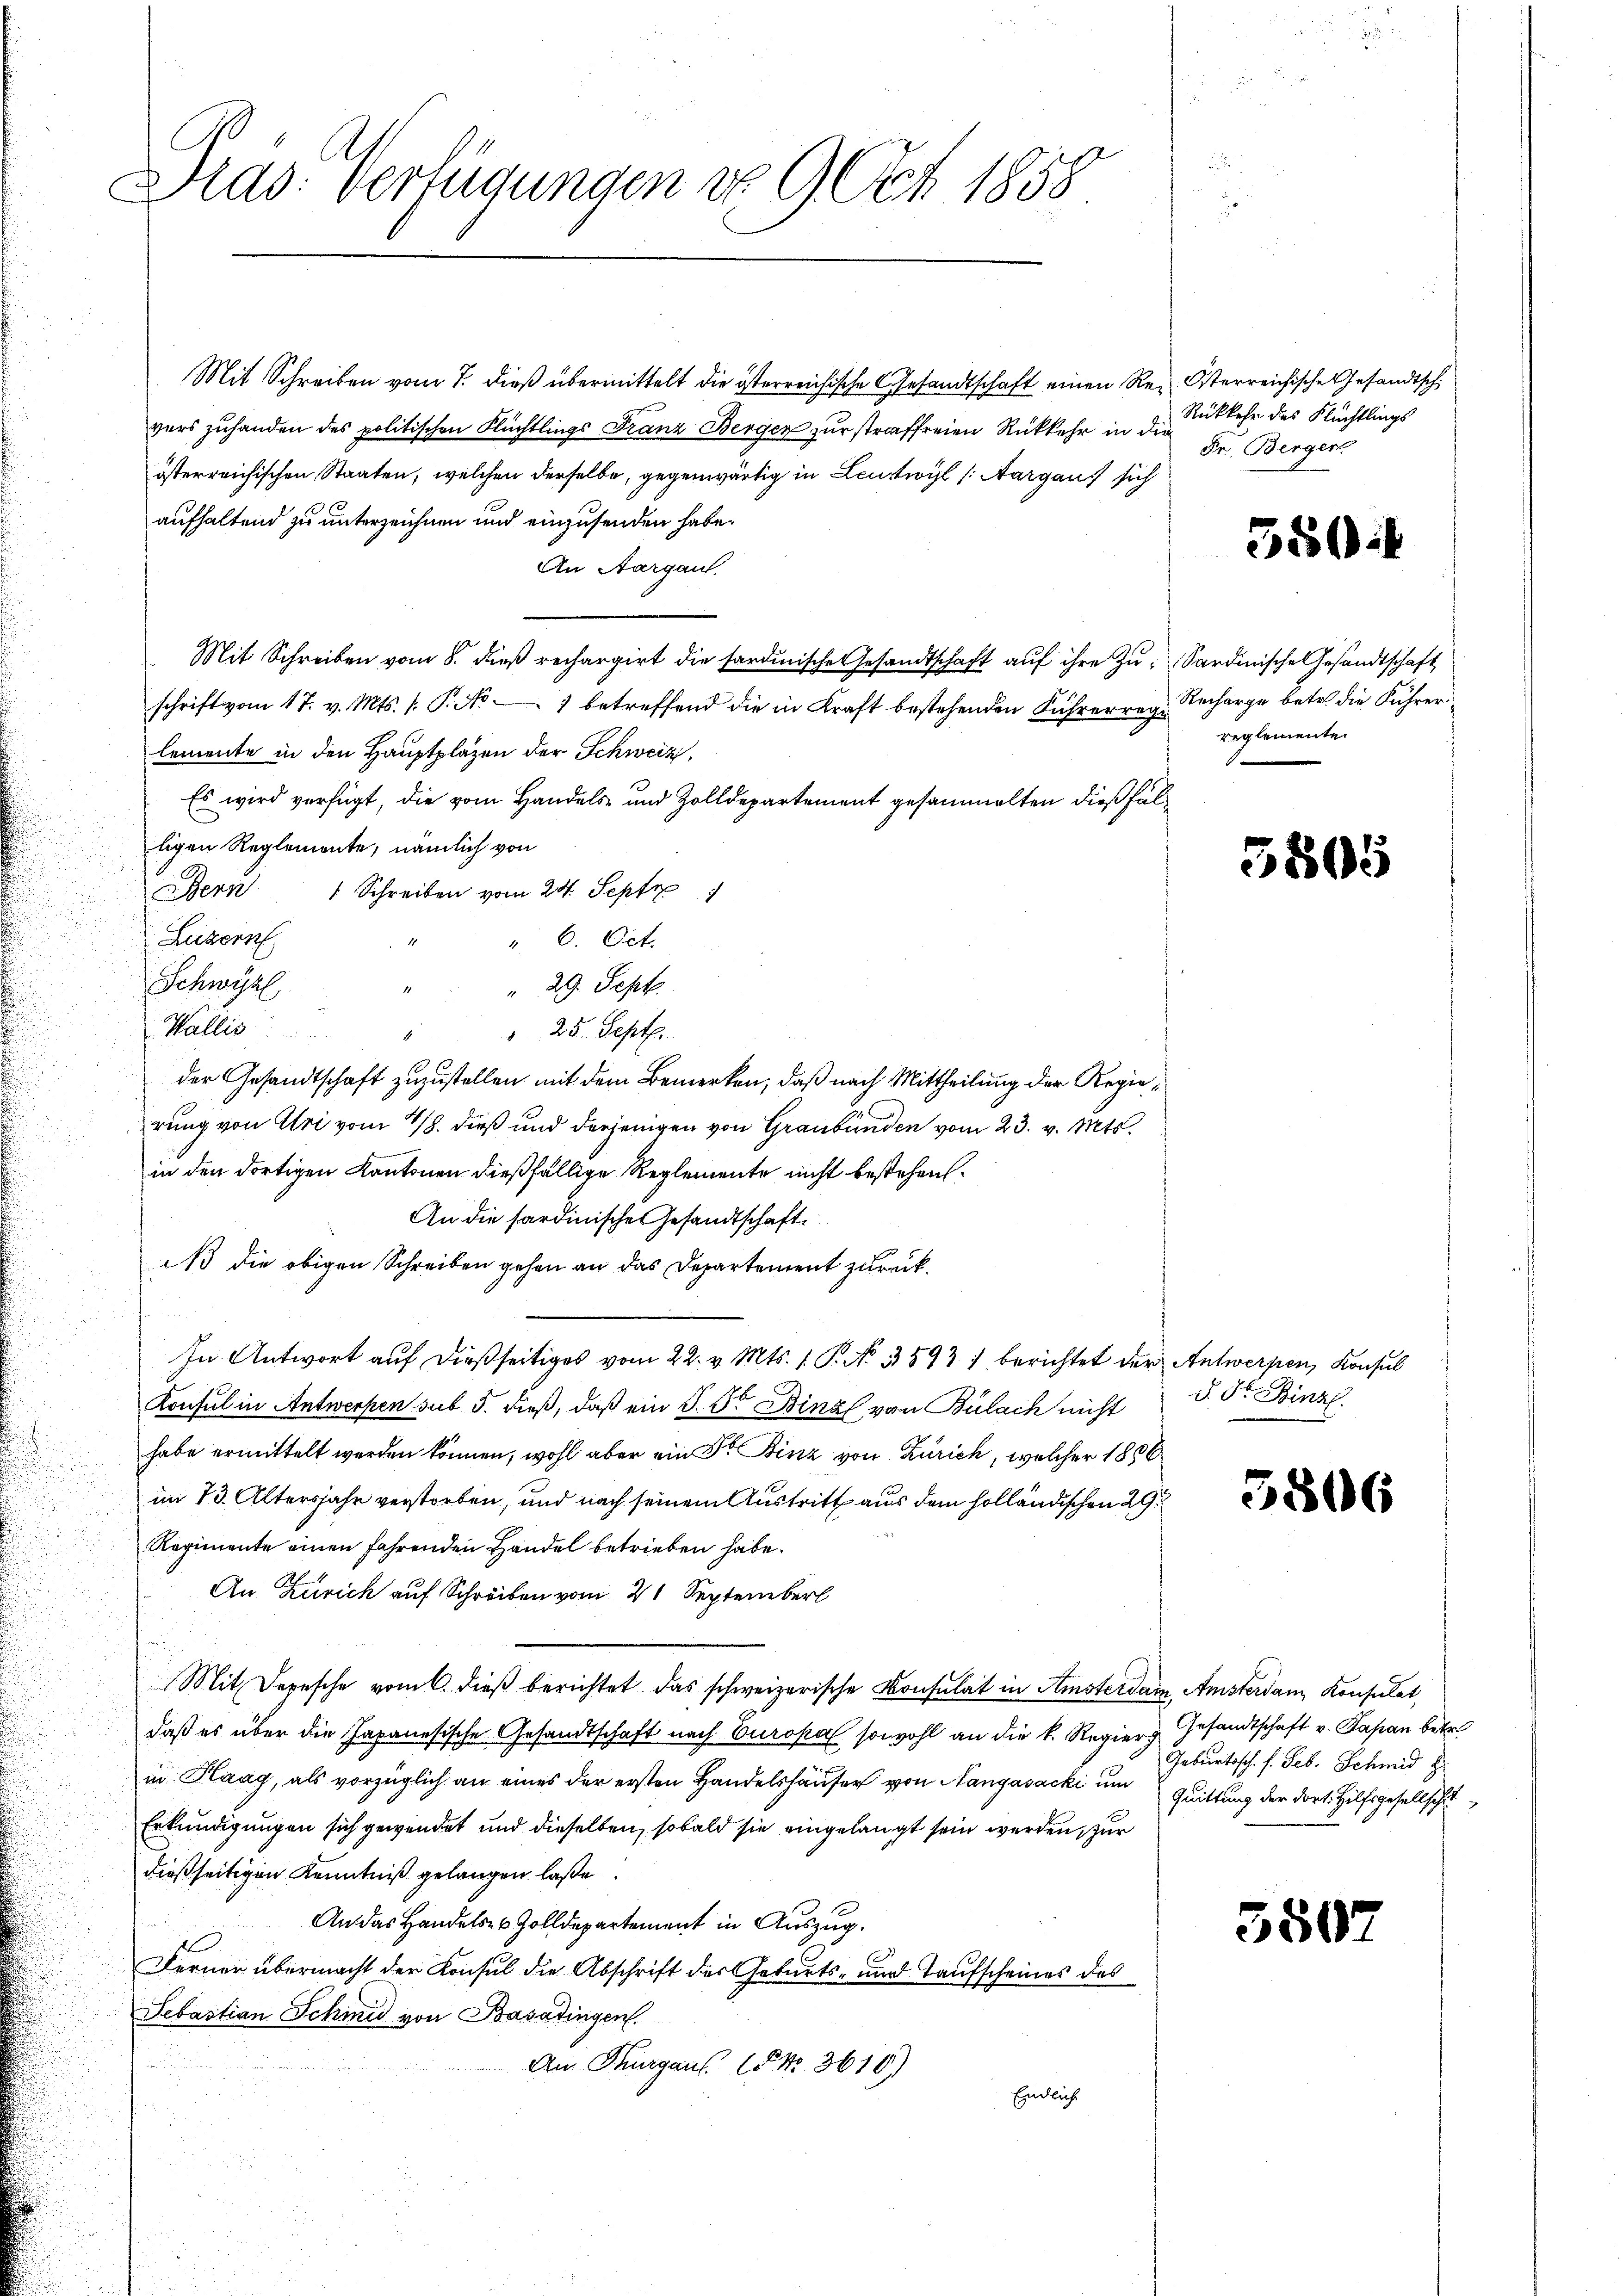
Alas: Verfügungen vo 9 Oct. 1858

Mit Schreiben vom 7. dieß übermittelt die österreichische Gesandtschaft einen Rez. Osterreichische Gesandtsch
vers zuhanden des politischen Flüchtlings Franz Berger zur straffreien Rückkehr in die
österreichischen Staaten, welchen derselbe, gegenwärtig in Leutwyl (Aargaus sich
aufhaltend zu unterzeichnen und einzusenden habe.
An Aargau.
Mit Schreiben vom 8. dieß rechargirt die sardinische Gesandtschaft aŭf ihre Zu-Sardinische Gesandtschaft
schrift vom 17. v. Mts. s. P. Nr. 1 betreffend die in Kraft bestehenden Führerreg. Recharge betr. die Führer
lemente in den Hauptplazen der Schweiz,
Es wird verfügt, die vom Handels- und Zolldepartement gesammelten dießfälligen Reglemente, nämlich von
Bern 1 Schreiben vom 24. Sept 1
Luzern
" 6. Oct.
Schwyz
 29. Sept.
Wallis
" 25. Sept.
E
der Gesandtschaft zuzustellen mit dem Bemerken, daß nach Mittheilung der Regierung von Uri vom 18. dieß und derjenigen von Graubünden vom 23. v. Mts.
in den dortigen Kantonen dießfällige Reglemente nicht bestehen.
An die sardinische Gesandtschaft.
 die obigen Schreiben gehen an das Departement zurück¬
An. Antwort auf dießseitiges vom 22. v. Mts. 1. P. No. 3593, berichtet der Antwerpen, Konsul
Konsul in Antwerken sub 5. dieß, daß ein P. F. Binzl von Bülach nicht
habe ermittelt worden können, wohl aber ein Dr. Binz von Zürich, welcher 1886
im 13. Altersjahr verstorben, und nach seinem Austritt aus dem holländischen 29.
Regimente einen fahrenden Handel betrieben habe.
An Zürich auf Schreiben vom 21 September
Mit Depesche vom 6. dieß berichtet das schweizerische Konsulat in Amsterdam, Amsterdam Konsulat,
daß es über die Japanesische Gesandtschaft nach Europa sowohl an die k. Regier
in Flaag, als vorzüglich an eines der ersten Handelshäuser von Nangasacki um Quittung der dort. Hilfsgesellsche
Erkundigungen sich gewendet und dieselben, sobald sie eingelangt sein werden, zur
dießseitigen Kenntniß gelangen laße.
An das Handels- & Zolldepartement in Auszug.
Ferner übermacht der Konsul die Abschrift des Geburts- und Taufscheines des
Sebastian Schinid von Basatingen.
An Thurgaus 15 No 3610)
Endlich

Rückkehr des Flüchtlings
Fr. Berger

550

reglemente.

3805

S. Dr. Binzl

3806

Gesandtschaft v. Papan betr.
Geburtssch. f. Feb. Schmid z

380